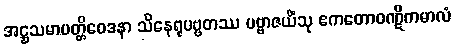
အဋ္ဌသမာပတ္တိဝေဒနာ သိနေရုပဗ္ဗတဿ ပဗ္ဗာဇယိံသု ဧကတောဝဏ္ဋိကမာလံ